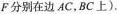
F分别在边AC，BC上)。